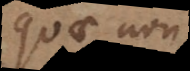
quae non